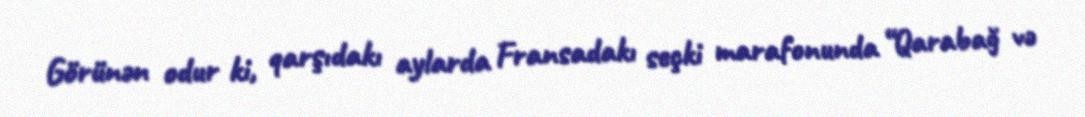
Görünən odur ki, qarşıdakı aylarda Fransadakı seçki marafonunda “Qarabağ və